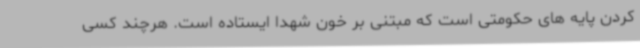
کردن پایه های حکومتی است که مبتنی بر خون شهدا ایستاده است. هرچند کسی